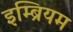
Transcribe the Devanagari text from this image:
इम्ब्रियम